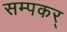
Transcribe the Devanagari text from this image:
सम्पकर्